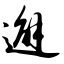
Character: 邂